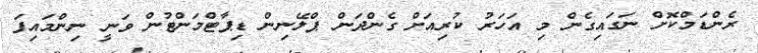
ރެންޑަމްކޮށް ނަގައިގެން މި އަހަރު ކުރިއަށް ގެންދަން ޕްލޭނިން ޑިޕާޓްމަންޓުން ވަނީ ނިންމައިފަ